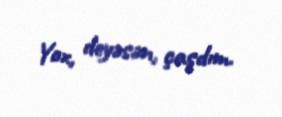
Yox, deyəsən, çaşdım.